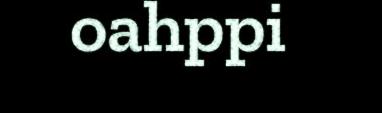
oahppi